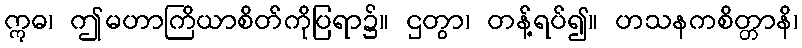
ဣဓ၊ ဤမဟာကြိယာစိတ်ကိုပြရာ၌။ ဌတွာ၊ တန့်ရပ်၍။ ဟသနကစိတ္တာနိ၊